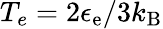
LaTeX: T_{e}=2\epsilon_{\mathrm{e}}/3k_{\mathrm{B}}